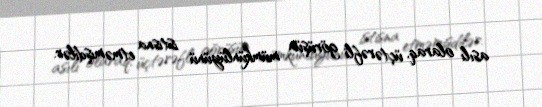
asılı olaraq, üçtərəfli görüşün mümkünlüyünü istisna etməmişdilər.